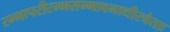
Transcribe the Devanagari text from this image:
रम्भापरीरम्भसम्भावनाधीरचेताः